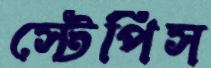
স্টেপিস